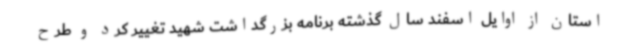
استان از اوایل اسفند سال گذشته برنامه بزرگداشت شهید تغییر کرد و طرح